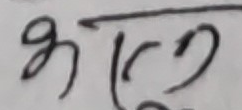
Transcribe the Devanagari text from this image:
भक्तल